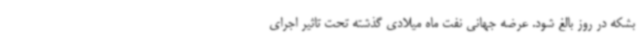
بشکه در روز بالغ شود. عرضه جهانی نفت ماه میلادی گذشته تحت تاثیر اجرای